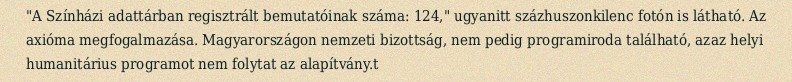
"A Színházi adattárban regisztrált bemutatóinak száma: 124," ugyanitt százhuszonkilenc fotón is látható. Az axióma megfogalmazása. Magyarországon nemzeti bizottság, nem pedig programiroda található, azaz helyi humanitárius programot nem folytat az alapítvány.t